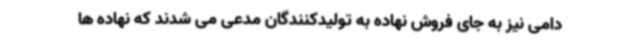
دامی نیز به جای فروش نهاده به تولیدکنندگان مدعی می شدند که نهاده ها